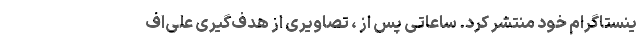
ینستاگرام خود منتشر کرد. ساعاتی پس از ، تصاویری از هدف‌گیری علی‌اف